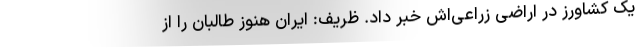
یک کشاورز در اراضی زراعی‌اش خبر داد. ظریف: ایران هنوز طالبان را از